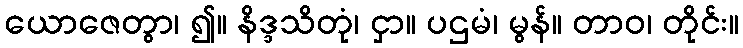
ယောဇေတွာ၊ ၍။ နိဒ္ဒသိတုံ၊ ငှာ။ ပဌမံ၊ မွန်။ တာဝ၊ တိုင်း။